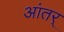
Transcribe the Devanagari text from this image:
आंतर्